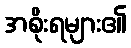
အစိုးရများ၏